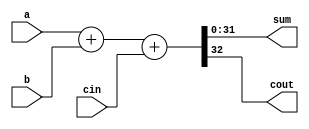
// generic code for n bit adder using + operator 

module n_bit_adder #(parameter N = 32) (a,b,cin,sum,cout);
    input[N-1:0] a,b;
    input cin;
    output reg [N-1:0] sum;
    output reg cout;
    always @(a or b or cin) begin
        {cout,sum} = a + b + cin;
    end
    
endmodule